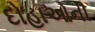
દોહાઓની